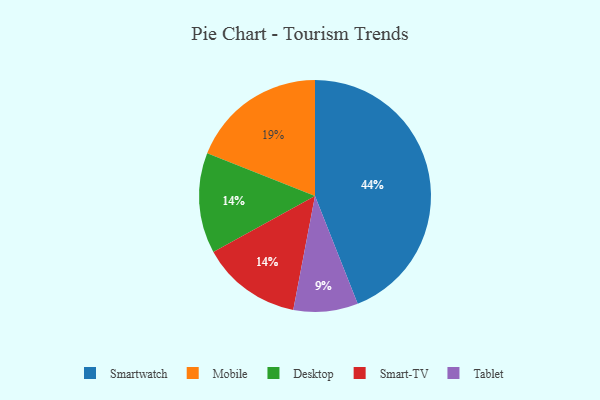
{"axis": {"x": "Category", "y": "Percentage"}, "legend": ["Desktop", "Mobile", "Smart-TV", "Smartwatch", "Tablet"], "data": [{"x": "Tablet", "y": 9, "type": "Tablet"}, {"x": "Desktop", "y": 14, "type": "Desktop"}, {"x": "Smart-TV", "y": 14, "type": "Smart-TV"}, {"x": "Smartwatch", "y": 44, "type": "Smartwatch"}, {"x": "Mobile", "y": 19, "type": "Mobile"}]}